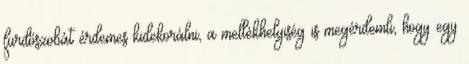
fürdőszobát érdemes kidekorálni, a mellékhelyiség is megérdemli, hogy egy